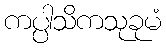
ကပ္ပါသိကသုခုမံ